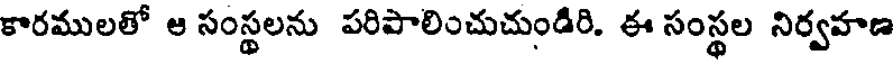
కారములతో ఆ సంస్థలను పరిపాలించుచుండిరి. ఈ సంస్థల నిర్వహణ